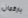
باركمان